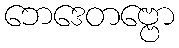
ဘေဒေတဗ္ဗော